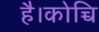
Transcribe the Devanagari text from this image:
है।कोच्चि